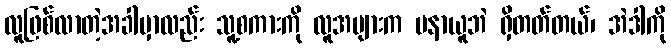
လူဖြစ်လာတဲ့အခါမှာလည်း သူ့စကားကို လူအများက မနာယူဘဲ ရှိတတ်တယ်၊ အဲဒါကို